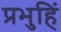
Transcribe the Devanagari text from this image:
प्रभुहिं